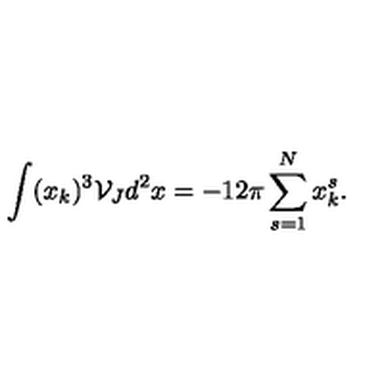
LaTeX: \int ( x _ { k } ) ^ { 3 } \mathcal { V } _ { J } d ^ { 2 } x = - 1 2 \pi \sum _ { s = 1 } ^ { N } x _ { k } ^ { s } .